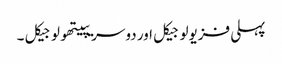
پہلی فزیولوجیکل اور دوسریپیتھولوجیکل ۔